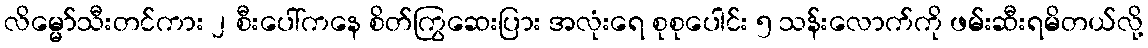
လိမ္မော်သီးတင်ကား ၂ စီးပေါ်ကနေ စိတ်ကြွဆေးပြား အလုံးရေ စုစုပေါင်း ၅ သန်းလောက်ကို ဖမ်းဆီးရမိတယ်လို့